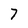
Character: 7